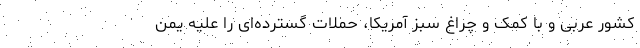
کشور عربی و با کمک و چراغ سبز آمریکا، حملات گسترده‌ای را علیه یمن